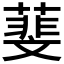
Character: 𦻔